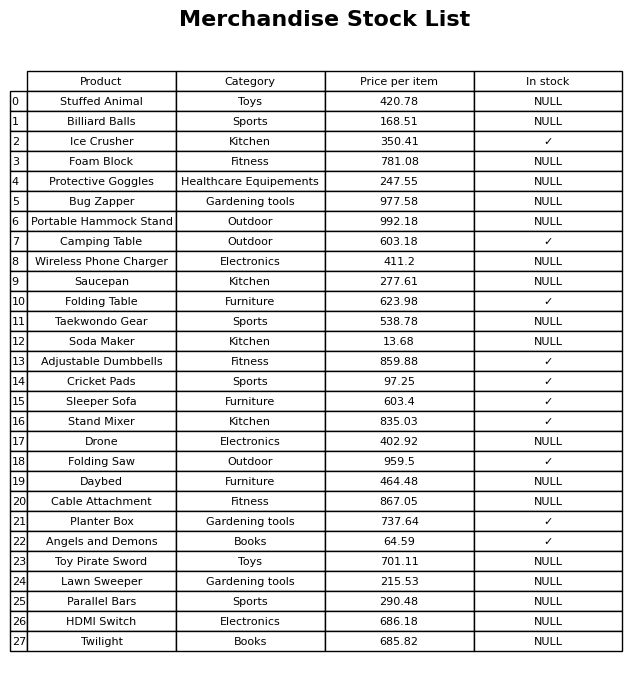
question: Which products are available in stock?
answer: Ice Crusher, Camping Table, Folding Table, Adjustable Dumbbells, Cricket Pads, Sleeper Sofa, Stand Mixer, Folding Saw, Planter Box, Angels and Demons